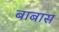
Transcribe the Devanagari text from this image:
बाबास